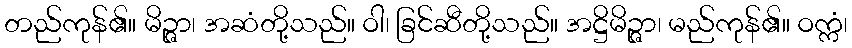
တည်ကုန်၏။ မိဉ္ဇာ၊ အဆံတို့သည်။ ဝါ၊ ခြင်ဆီတို့သည်။ အဋ္ဌိမိဉ္ဇာ၊ မည်ကုန်၏။ ဝက္ကံ၊